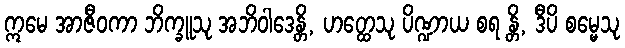
ဣမေ အာဇီဝကာ ဘိက္ခူသု အဘိဝါဒေန္တိ, ဟတ္ထေသု ပိဏ္ဍာယ စရ န္တိ, ဒီပိ စမ္မေသု